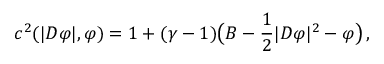
c ^ { 2 } ( | D \varphi | , \varphi ) = 1 + ( \gamma - 1 ) \big ( B - \frac 1 2 | D \varphi | ^ { 2 } - \varphi \big ) \, ,